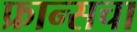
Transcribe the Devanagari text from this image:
फ्रान्‍सचा